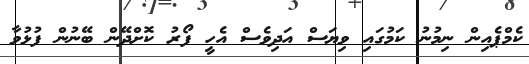
ކެމްޕެއިން ނިމުނު ކަމުގައި ވިޔަސް އަދިވެސް އެހީ ފޯރު ކޮށްދޭން ބޭނުން ފުޅުވާ